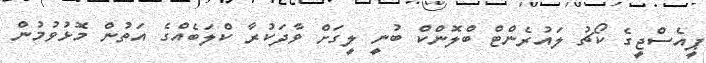
ޕީއެސްޖީގެ ކޯޗު ލައުރެންޓް ބްލޮންކް ބުނީ ލީގަށް ވާދަކުރާ ކްލަބެއްގެ އަތުން މޮޅުވުމުން